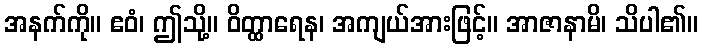
အနက်ကို။ ဧဝံ၊ ဤသို့။ ဝိတ္ထာရေန၊ အကျယ်အားဖြင့်။ အာဇာနာမိ၊ သိပါ၏။